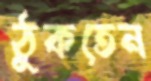
ঠুকতেন